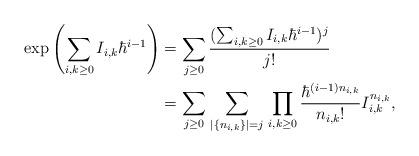
LaTeX: \begin{align*} \exp\left(\sum_{i, k \geq 0} I_{i, k} \hbar^{i - 1}\right) &= \sum_{j \geq 0} \frac{(\sum_{i, k \geq 0} I_{i, k} \hbar^{i - 1})^j }{j!}\\ &= \sum_{j \geq 0} \sum_{\,|\{n_{i, k}\}| = j \,} \prod_{i, k \geq 0} \frac{\hbar^{(i - 1)n_{i, k}}}{n_{i, k}!} I_{i, k}^{n_{i, k}}, \end{align*}